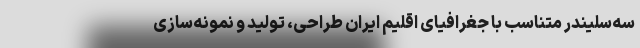
سه‌سلیندر متناسب با جغرافیای اقلیم ایران طراحی، تولید و نمونه‌سازی